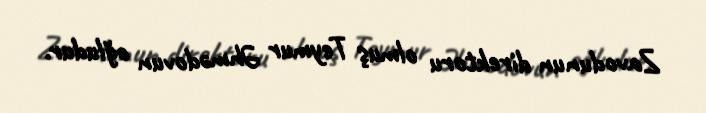
Zavodunun direktoru olmuş Teymur Əhmədovun oğludur.